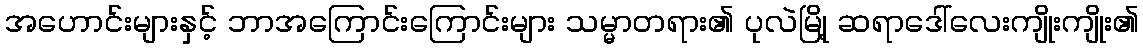
အဟောင်းများနှင့် ဘာအကြောင်းကြောင်းများ သမ္မာတရား၏ ပုလဲမြို့ ဆရာဒေါ်လေးကျိုးကျိုး၏